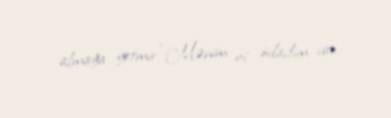
almağa yetmir.“Mənim üç övladım var.